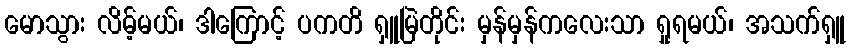
မောသွား လိမ့်မယ်၊ ဒါကြောင့် ပကတိ ရှူမြဲတိုင်း မှန်မှန်ကလေးသာ ရှုရမယ်၊ အသက်ရှူ